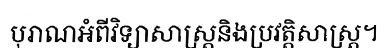
បុរាណអំពីវិទ្យាសាស្ត្រនិងប្រវត្តិសាស្ត្រ។